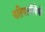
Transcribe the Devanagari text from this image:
पतिपत्‍नीपैकी